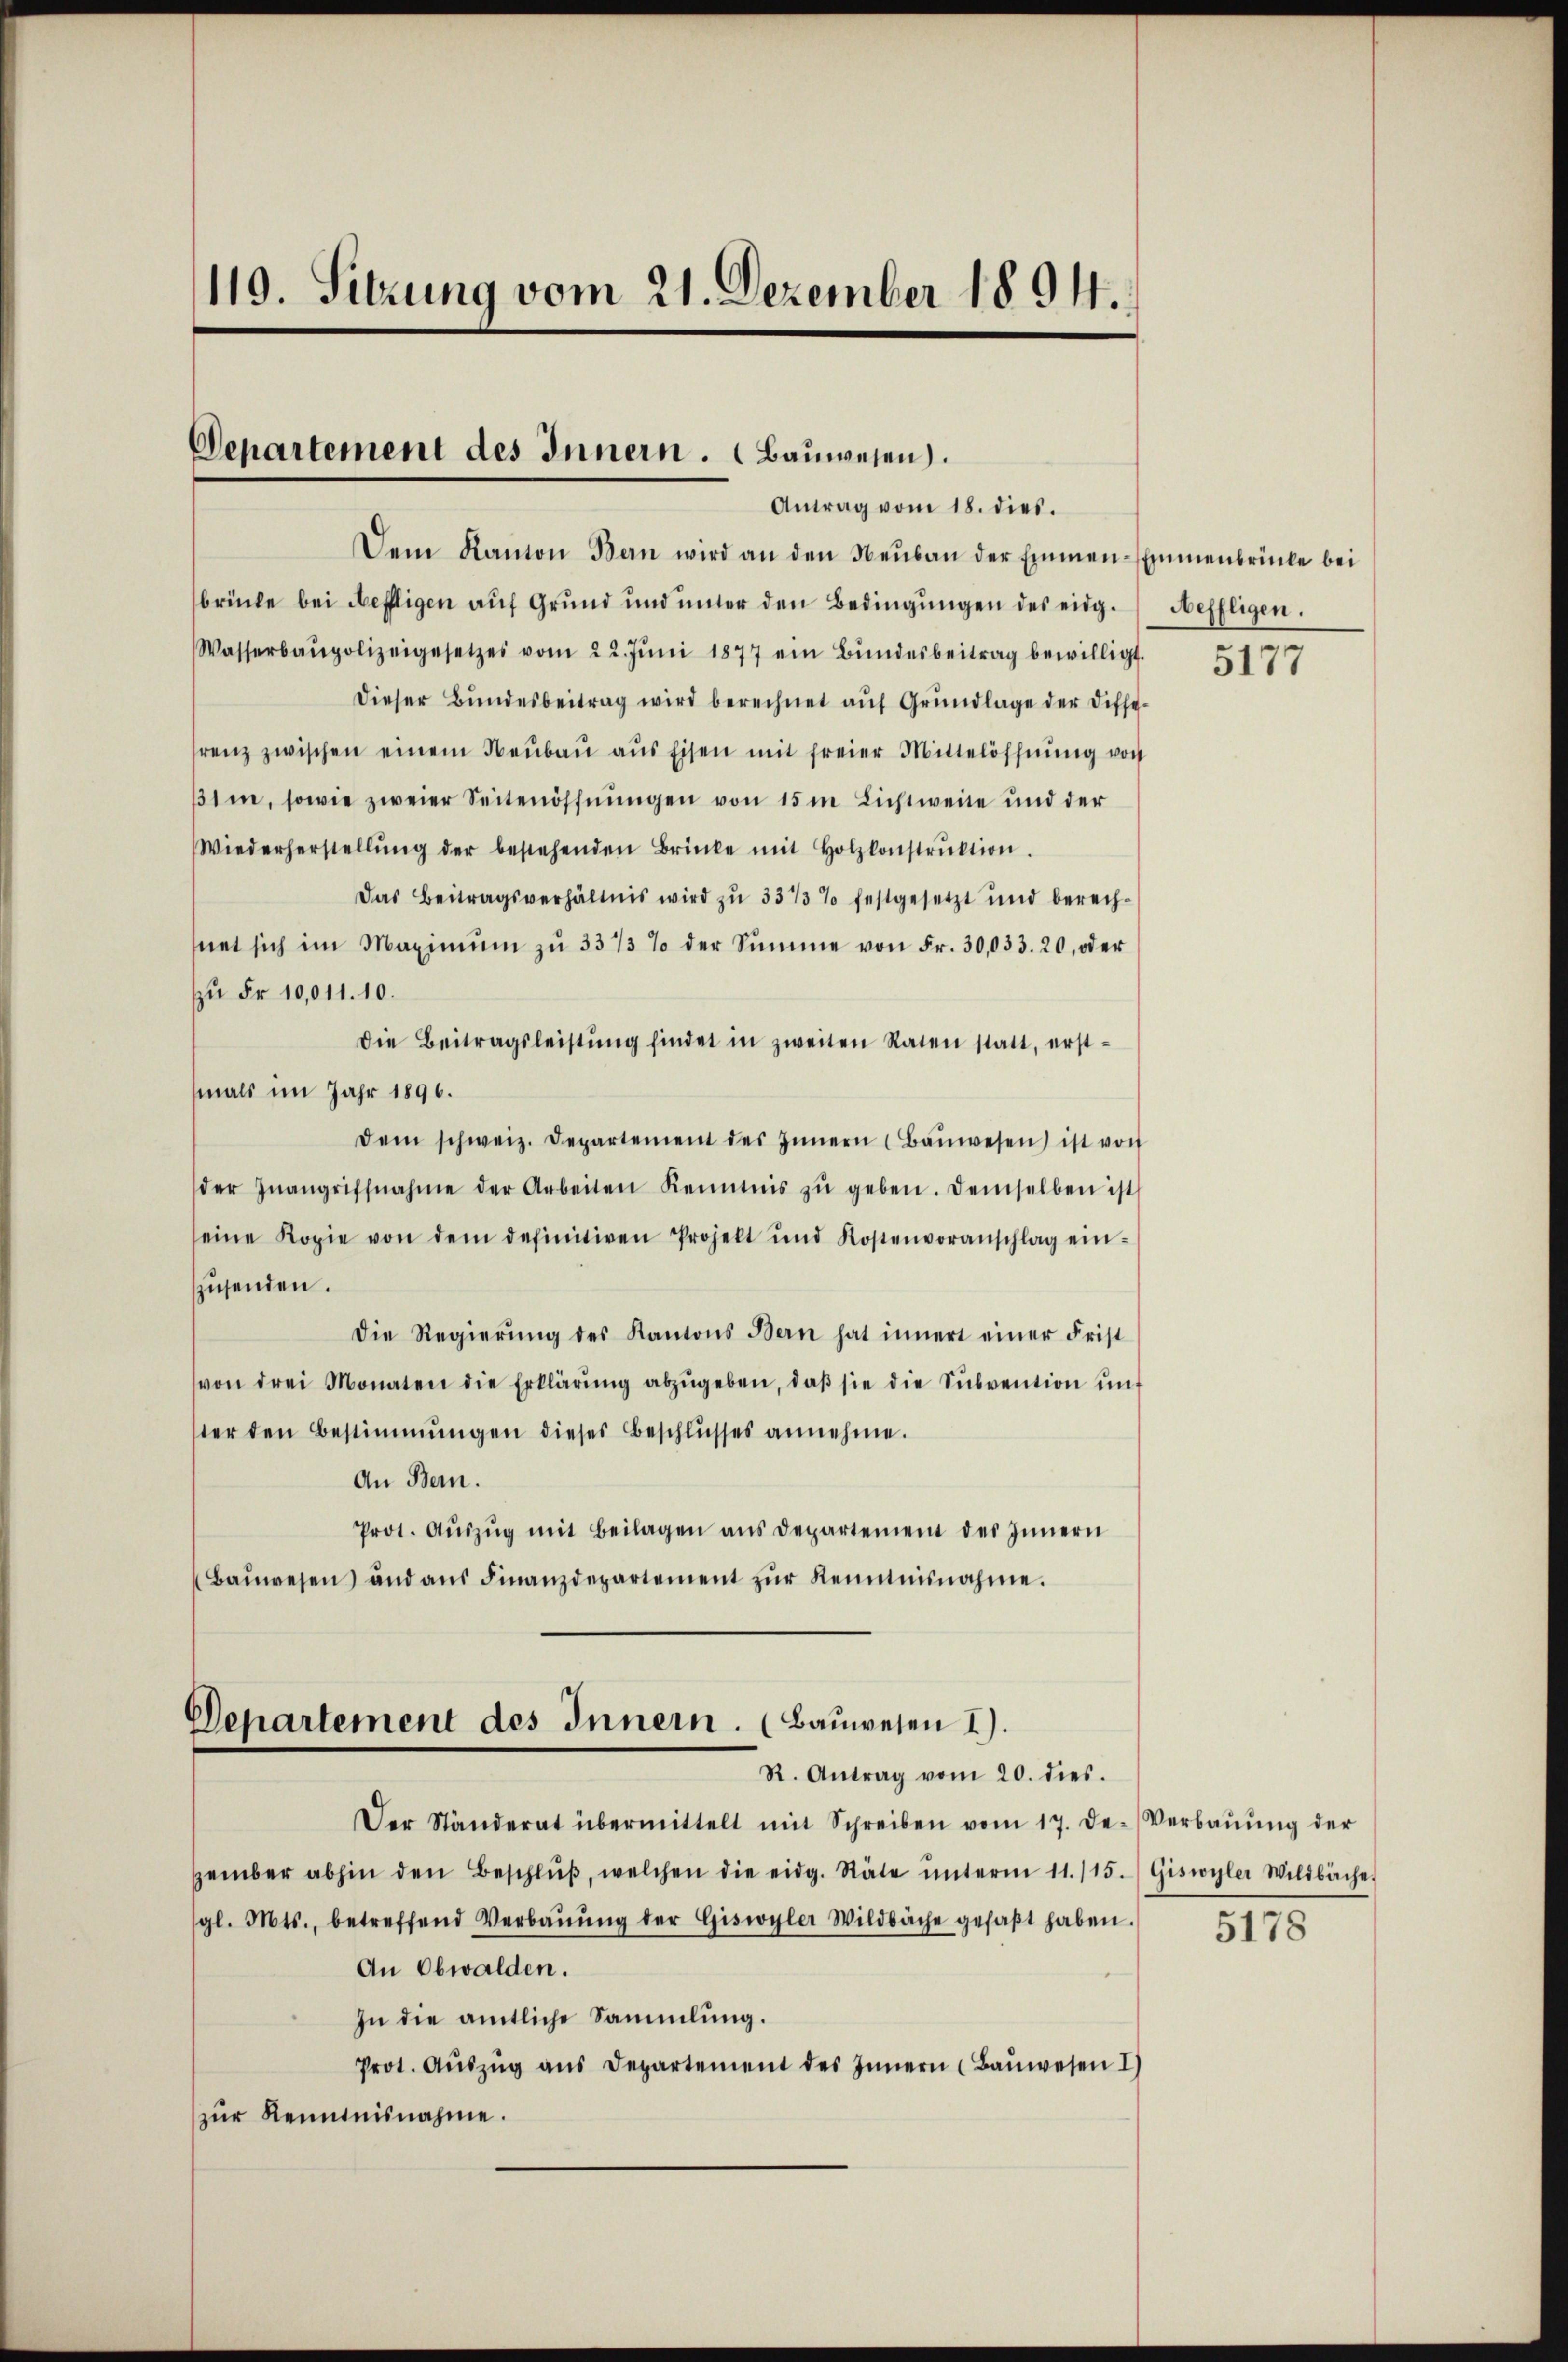
110. Sitzung vom 21. Dezember 1894.

Departement des Innern. (Bauwesen.
Antrag vom 18. dies.

Dem Kanton Bern wird an den Neŭbaŭ der Emmen-Emmenbrücke bei
brücke bei deffligen auf Grund und ŭnter den Bedingŭngen des eidg. Neffligen.
Wasserbaupolizeigesetzes vom 22. Jŭni 1877 ein Bŭndesbeitrag bewilligt.
Dieser Bundesbeitrag wird berechnet auf Grundlage der Differenz zwischen einem Neŭbaŭ aŭs Eisen mit freier Mittelöffnŭng von
1m, sowie zweier Seitenöffnungen von 15 m Lichtweise und der
Wiederherstellŭng der bestehenden Brinke mit Holzkonstrŭktion.
Das Beitragsverhältnis wird zŭ 331/3% festgesetzt und berech-
net sich im Maximŭm zŭ 33/3 % der Summe von Fr. 30,033. 20, oder
zu Fr. 10,011. 10.
Die Beitragsleistŭng findet in zweiten Raten statt, erst-
mals im Jahr 1896.
dem schweiz. Departement des Innern (Baŭwesen ist von
der Inangriffnahme der Arbeiten Kenntnis zŭ geben. Demselben ist
eine Kopie von dem definitiven Projekt und Kostenvoranschlag ein-
zŭsenden.
Die Regierŭng des Kantons Bern hat innert einer Frist
(von drei Monaten die Erklärŭng abzŭgeben, daβ sie die Sŭbvention unt
ster den Bestimmungen dieses Beschlŭsses annehme.
An Bern.
Prot. Aŭszŭg mit Beilagen ans Departement des Innern
Baŭwesen und aŭs Finanzdepartement zŭr Kenntnisnahme.

Departement des Innern. (Bauwesen I).
R. Antrag vom 20. dies.

Der Ständerat übermittelt mit Schreiben vom 17. De-Verbaŭŭng der
zember abhin den Beschlŭβ, welchen die eidg. Räte ŭnterm 11./15.) Giswyler Wildbache
gl. Mts., betreffend Verbaŭŭng der Giswyler Wildbache gefaβt haben.
An Obwalden.
In die amtliche Sammlung.
Prot. Aŭszŭg ans Departement des Innern (Baŭwesen I
zŭr Kenntnisnahme.

5177

5178